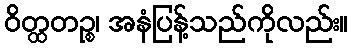
ဝိတ္ထတဉ္စ၊ အနံပြန့်သည်ကိုလည်း။